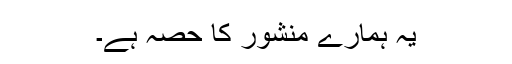
یہ ہمارے منشور کا حصہ ہے۔